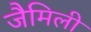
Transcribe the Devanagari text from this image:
जैमिली